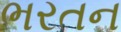
ભરતન